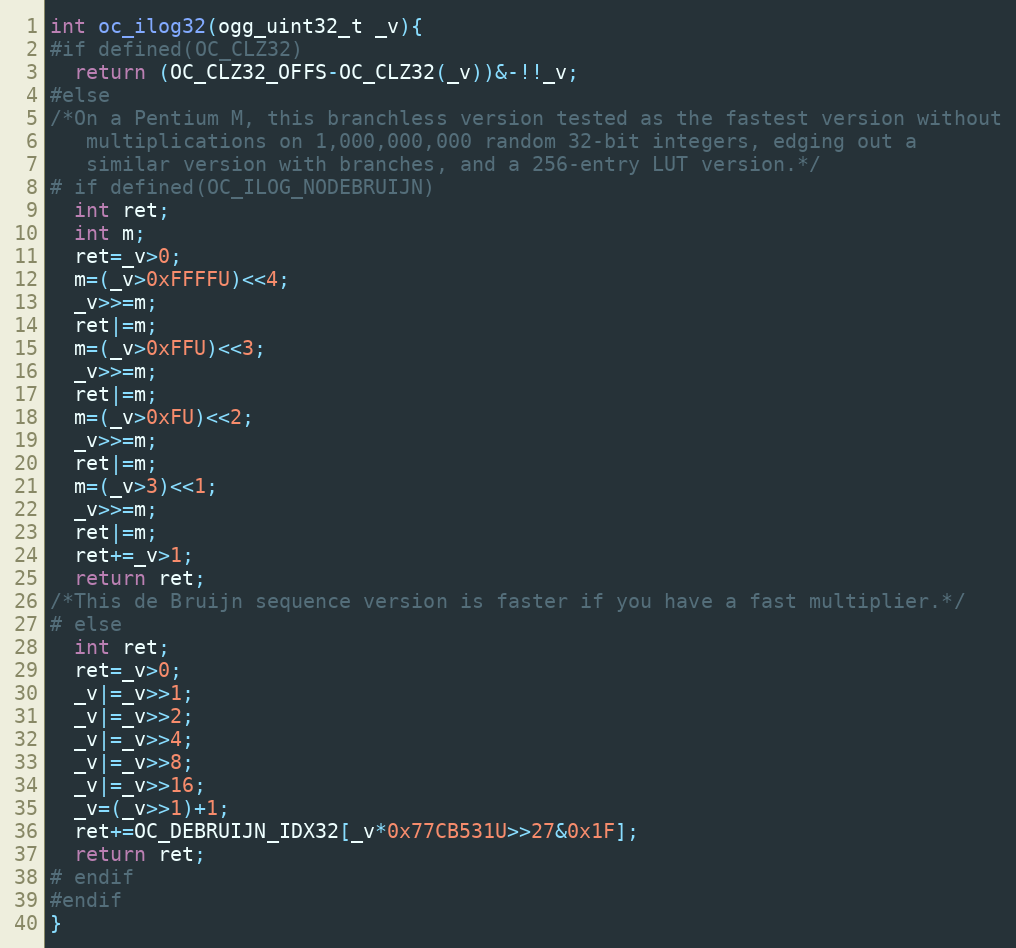
Language: C
int oc_ilog32(ogg_uint32_t _v){
#if defined(OC_CLZ32)
  return (OC_CLZ32_OFFS-OC_CLZ32(_v))&-!!_v;
#else
/*On a Pentium M, this branchless version tested as the fastest version without
   multiplications on 1,000,000,000 random 32-bit integers, edging out a
   similar version with branches, and a 256-entry LUT version.*/
# if defined(OC_ILOG_NODEBRUIJN)
  int ret;
  int m;
  ret=_v>0;
  m=(_v>0xFFFFU)<<4;
  _v>>=m;
  ret|=m;
  m=(_v>0xFFU)<<3;
  _v>>=m;
  ret|=m;
  m=(_v>0xFU)<<2;
  _v>>=m;
  ret|=m;
  m=(_v>3)<<1;
  _v>>=m;
  ret|=m;
  ret+=_v>1;
  return ret;
/*This de Bruijn sequence version is faster if you have a fast multiplier.*/
# else
  int ret;
  ret=_v>0;
  _v|=_v>>1;
  _v|=_v>>2;
  _v|=_v>>4;
  _v|=_v>>8;
  _v|=_v>>16;
  _v=(_v>>1)+1;
  ret+=OC_DEBRUIJN_IDX32[_v*0x77CB531U>>27&0x1F];
  return ret;
# endif
#endif
}